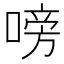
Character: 嗙